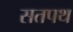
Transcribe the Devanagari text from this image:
सतपथ